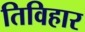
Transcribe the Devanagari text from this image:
तिविहार